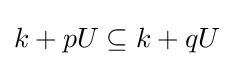
k+pU\subseteq k+qU